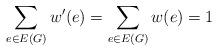
LaTeX: \begin{align*}\sum_{e\in E(G)}w'(e)=\sum_{e\in E(G)}w(e)=1\end{align*}